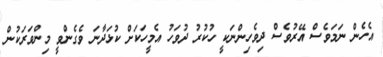
އެހެން ނަމަވެސް އޭރުވެސް ދިވެހިންނަކީ ހުކުރު ދުވަހު އެމީހަކަށް ކުޅަދާނަ ވެގެންވީ މިންވަރަކުން